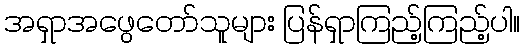
အရှာအဖွေတော်သူများ ပြန်ရှာကြည့်ကြည့်ပါ။